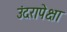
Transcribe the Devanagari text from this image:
उंदरापेक्षा